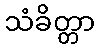
သံခိတ္တာ